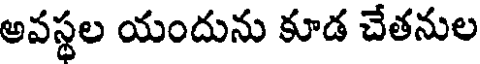
అవస్థల యందును కూడ చేతనుల